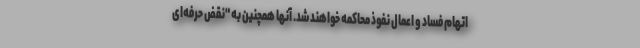
اتهام فساد و اعمال نفوذ محاکمه خواهند شد. آنها همچنین به "نقض حرفه‌ای